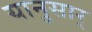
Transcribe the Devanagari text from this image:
यानुसार्